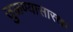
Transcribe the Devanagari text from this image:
जुळण्यासारखा